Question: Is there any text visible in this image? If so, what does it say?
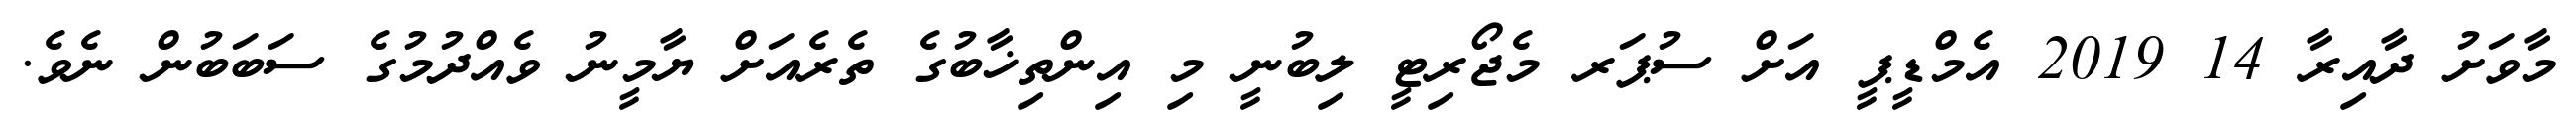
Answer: މާވަށު ދާއިރާ 14 2019 އެމްޑީޕީ އަށް ސުޕަރ މެޖޯރިޓީ ލިބުނީ މި އިންތިޚާބުގެ ތެރެއަށް ޔާމީނު ވެއްދުމުގެ ސަބަބުން ނެވެ.